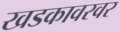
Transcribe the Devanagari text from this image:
खडकावरवर